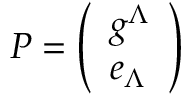
P = \left( \begin{array} { l } { { g ^ { \Lambda } } } \\ { { e _ { \Lambda } } } \end{array} \right)